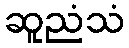
ဆူညံသံ